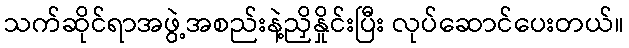
သက်ဆိုင်ရာအဖွဲ့အစည်းနဲ့ညှိနှိုင်းပြီး လုပ်ဆောင်ပေးတယ်။